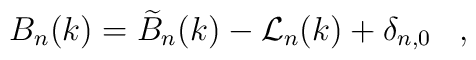
B_n(k) = \widetilde{B}_n(k) - {\cal L}_n(k) + \delta_{n,0}\;\;\;,